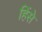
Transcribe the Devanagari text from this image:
हिंसे